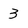
Character: 3